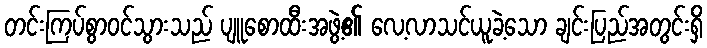
တင်းကြပ်စွာဝင်သွားသည် ပျူစောထီးအဖွဲ့၏ လေ့လာသင်ယူခဲ့သော ချင်းပြည်အတွင်းရှိ